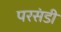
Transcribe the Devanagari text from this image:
परसंडी